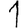
Digit: 1